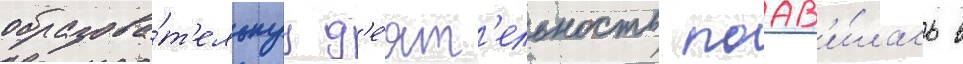
образова́т'ельнуу д'е́ят'ельность поав'и́лась в